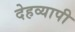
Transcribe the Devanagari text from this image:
देहव्यापी